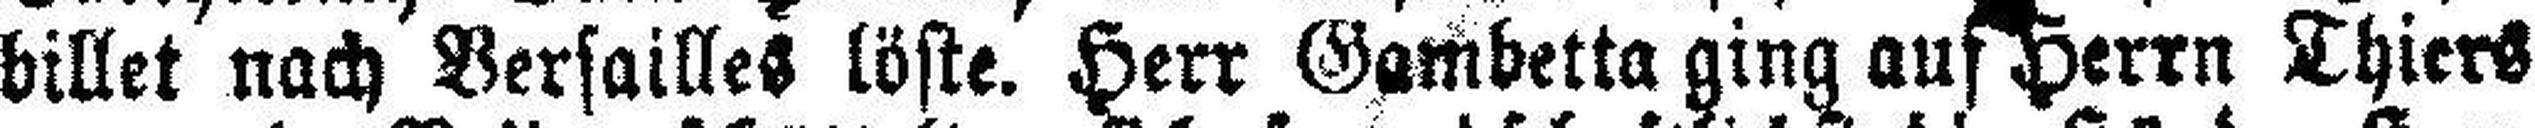
billet nach Versailles löste. Herr Gambetta ging auf Herrn Thiers